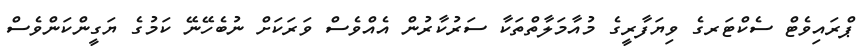
ޕްރައިވެޓް ސެކްޓަރގެ ވިޔަފާރީގެ މުއާމަލާތްތަކާ ސަރުކާރުން އެއްވެސް ވަރަކަށް ނުބެހޭނޭ ކަމުގެ ޔަގީންކަންވެސް